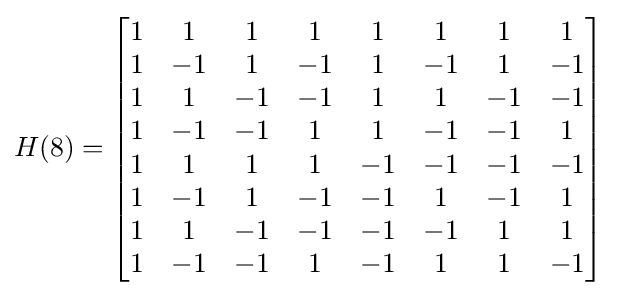
H(8)={\begin{bmatrix}1&1&1&1&1&1&1&1\\1&-1&1&-1&1&-1&1&-1\\1&1&-1&-1&1&1&-1&-1\\1&-1&-1&1&1&-1&-1&1\\1&1&1&1&-1&-1&-1&-1\\1&-1&1&-1&-1&1&-1&1\\1&1&-1&-1&-1&-1&1&1\\1&-1&-1&1&-1&1&1&-1\\\end{bmatrix}}